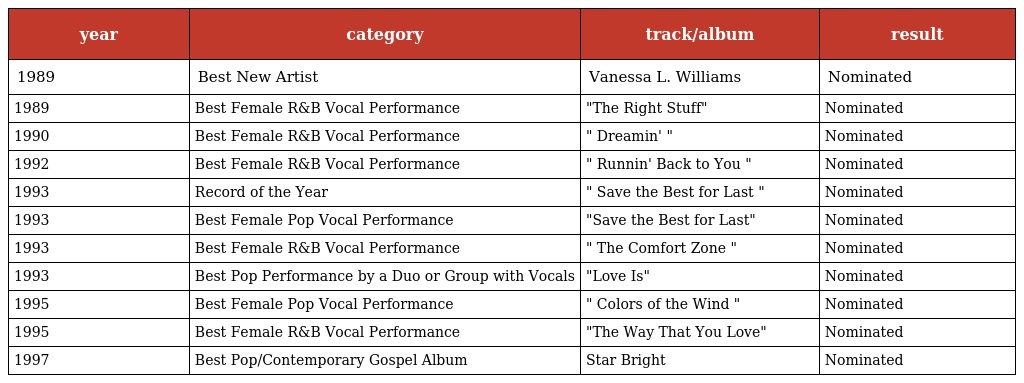
| year | category | track/album | result |
 | --- | --- | --- | --- |
 | 1989 | Best New Artist | Vanessa L. Williams | Nominated |
 | 1989 | Best Female R&B Vocal Performance | "The Right Stuff" | Nominated |
 | 1990 | Best Female R&B Vocal Performance | " Dreamin' " | Nominated |
 | 1992 | Best Female R&B Vocal Performance | " Runnin' Back to You " | Nominated |
 | 1993 | Record of the Year | " Save the Best for Last " | Nominated |
 | 1993 | Best Female Pop Vocal Performance | "Save the Best for Last" | Nominated |
 | 1993 | Best Female R&B Vocal Performance | " The Comfort Zone " | Nominated |
 | 1993 | Best Pop Performance by a Duo or Group with Vocals | "Love Is" | Nominated |
 | 1995 | Best Female Pop Vocal Performance | " Colors of the Wind " | Nominated |
 | 1995 | Best Female R&B Vocal Performance | "The Way That You Love" | Nominated |
 | 1997 | Best Pop/Contemporary Gospel Album | Star Bright | Nominated |